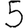
Digit: 5